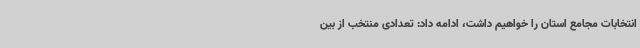
انتخابات مجامع استان را خواهیم داشت، ادامه داد: تعدادی منتخب از بین